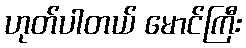
ဟုတ်ပါတယ် မောင်ကြီး